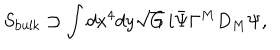
S _ { \mathrm { b u l k } } \supset \int d x ^ { 4 } d y \sqrt { G } \, i \bar { \Psi } \Gamma ^ { M } D _ { M } \Psi ,